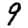
Digit: 9